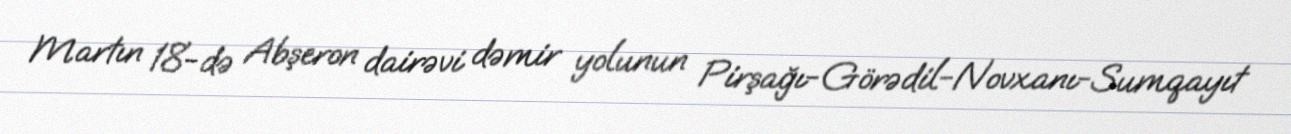
Martın 18-də Abşeron dairəvi dəmir yolunun Pirşağı-Görədil-Novxanı-Sumqayıt